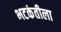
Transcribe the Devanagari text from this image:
भटकंतीला